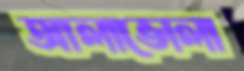
আলাভোলা